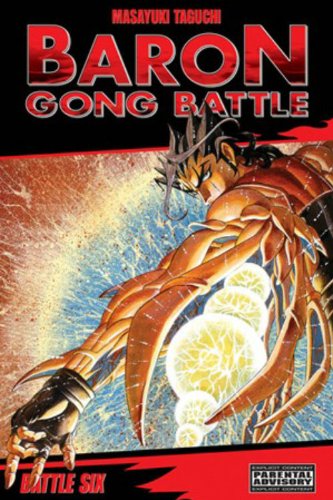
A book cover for Baron Gong Battle Volume 6; Masayuki Taguchi; Comics & Graphic Novels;